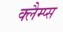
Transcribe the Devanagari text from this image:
क्लैम्प्स